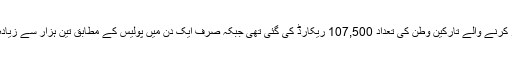
گذشتہ ماہ یورپی سرحد کو عبور کرنے والے تارکین وطن کی تعداد 107,500 ریکارڈ کی گئی تھی جبکہ صرف ایک دن میں پولیس کے مطابق تین ہزار سے زیادہ افراد سربیا میں داخل ہوئے ہیں۔